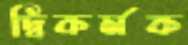
দ্বিকর্মক